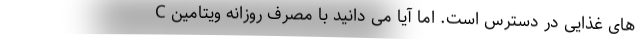
های غذایی در دسترس است. اما آیا می دانید با مصرف روزانه ویتامین C